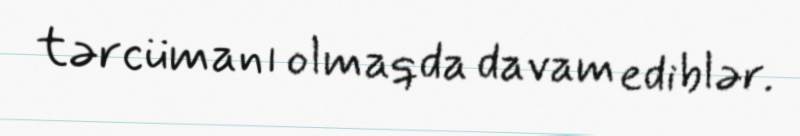
tərcümanı olmaqda davam ediblər.